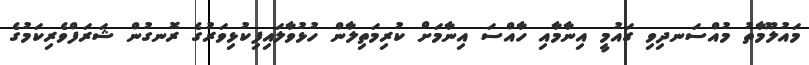
މައުލޫމާތު މުއްސަނދިވި ގައުމީ އިނާމާއި ހާއްސަ އިނާމަށް ކުރިމަތިލާން ހުޅުވާލައިފިކުޅިވަރުގެ ރޮނގުން ޝަރަފްވެރިކަމުގެ